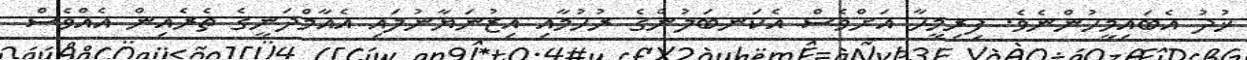
ޚުދު އެބައިމީހުންނެވެ. ފިރިމީހާ އަށްވެސް އެކަނބަލުންގެ ރުހުމާއި އިޒުނަޔާނުލައި އެއާމްދަނީގެ ތެރެއިން އެއްވެސް